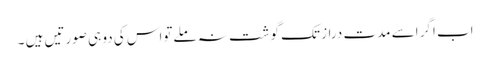
اب اگر اسے مدت دراز تک گوشت نہ ملےتواس کی دو ہی صورتیں ہیں ۔